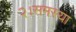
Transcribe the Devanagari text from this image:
२।समस्या